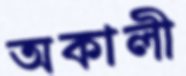
অকালী